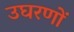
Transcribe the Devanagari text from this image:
उघरणों